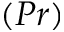
( P r )